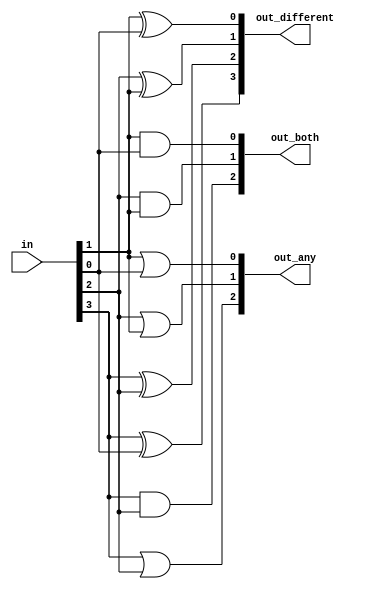
module top_module( 
    input [3:0] in,
    output [2:0] out_both,
    output [3:1] out_any,
    output [3:0] out_different );

    // out_both: On if a current bit, and left neighbor is 1'b1;
    // out_any: On if a current bit, and right neighbor is 1'b1;
    // out_different: On if a left bit is different with left bit,
    //              and consider wrapping arounded neighbour

    assign out_both = {in[3]&in[2], in[2]&in[1], in[1]&in[0]};
    assign out_any = {in[3]|in[2], in[2]|in[1], in[1]|in[0]};
    assign out_different = {in[3]^in[0], in[3]^in[2], in[2]^in[1], in[1]^in[0]};
endmodule